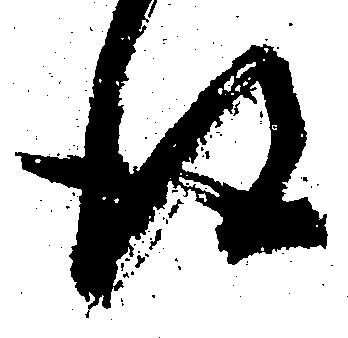
得